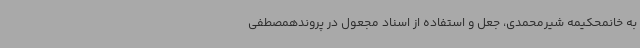
به خانمحکیمه شیرمحمدی، جعل و استفاده از اسناد مجعول در پروندهمصطفی